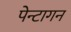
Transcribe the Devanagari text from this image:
पेन्टागन